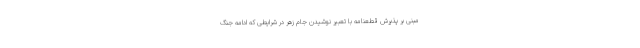
مبنی بر پذیرش قطعنامه با تعبیر نوشیدن جام زهر در شرایطی که ادامه جنگ